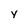
Character: y